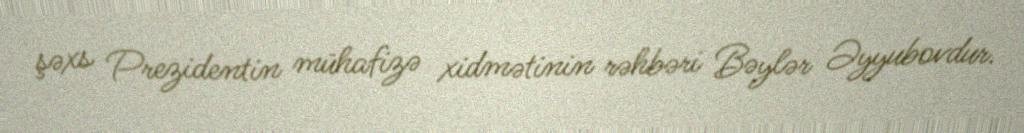
şəxs Prezidentin mühafizə xidmətinin rəhbəri Bəylər Əyyubovdur.